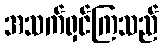
အသက်ရှင်ကြသည်